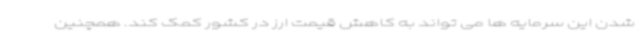
شدن این سرمایه ها می تواند به کاهش قیمت ارز در کشور کمک کند. همچنین